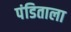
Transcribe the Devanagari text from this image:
पंडिताला